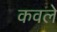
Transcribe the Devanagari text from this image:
कवले